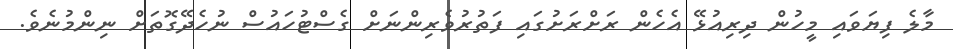
މާލެ ފިޔަވައި މީހުން ދިރިއުޅޭ އެހެން ރަށްރަށުގައި ފަތުރުވެރިންނަށް ގެސްޓުހައުސް ނުހެދޭގޮތަށް ނިންމުނެވެ.